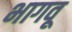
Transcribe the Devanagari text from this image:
भागवू